Report on sanitation, dispensaries, and jails in Rajputana for 1921, and on vaccination for the year 1921-1922 - 1921-1922
Year: 1921
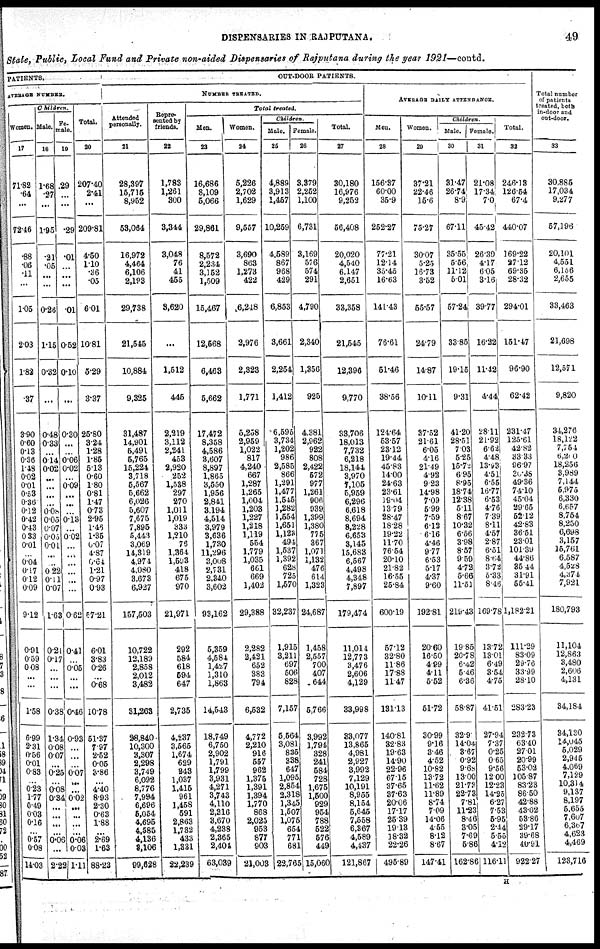
DISPENSARIES IN RAJPUTANA.
49
State, Public, Local Fund and Private non-aided Dispensaries of Rajputana during the year 1921—contd.
PATIENTS.
AVERAGE NUMBER.
Women.
17
71.82
.64
...
72.46
.88
.06
.11
...
1.05
2.03
1.82
.37
3.90
0.60
0.13
0.36
1.48
0.02
0.01
0.53
0.36
0.12
0.42
0.43
0.33
0.01
...
0.04
0.17
0.12
0.09
9.12
0.91
0.59
0.08
...
...
1.58
6.99
2.31
0.56
0.01
0.83
...
0.23
1.77
0.49
0.03
0.16
...
0.57
0.08
14.03
Children.
Male.
18
1.68
.27
...
1.95
.21
.05
...
...
0.26
1.15
0.32
...
0.48
0.33
...
0.14
0.02
...
...
...
...
0.08
0.05
0.07
0.05
0.01
...
...
0.22
0.11
0.07
1.63
0.21
0.17
...
...
...
0.38
1.34
0.08
0.07
...
0.25
...
0.08
0.34
...
...
...
...
0.06
...
2.22
Fe-
male.
19
.29
...
...
.29
.01
...
...
...
.01
0.52
0.10
...
0.30
...
...
0.06
0.02
...
0.09
...
...
...
0.13
...
0.02
...
...
...
...
...
...
0.62
0.41
...
0.05
...
...
0.46
0.98
...
...
...
0.07
...
...
0.02
...
...
...
...
0.06
0.03
1.11
Total.
20
207.40
2.41
...
209.81
4.50
1.10
.36
.05
6.01
10.81
5.29
3.37
25.80
324
1.28
1.85
5.13
0.60
1.80
0.81
1.47
0.73
2.95
1.46
1.35
0.07
4.87
0.64
1.21
0.97
0.93
57.21
6.01
3.83
0.26
...
0.68
10.78
51.37
7.97
2.52
0.05
3.86
...
4.40
8.93
2.30
0.63
1.88
...
2.69
1.63
88.23
OUT-DOOR PATIENTS.
NUMBER TREATED.
Attended
personally.
21
28,397
15,715
8,952
53,064
16,972
4,464
6,106
2,193
29,738
21,545
10,884
9,325
31,487
14,901
5,491
5,765
15,224
3,718
5,567
5,662
6,026
5,607
7,675
7,895
5,443
3,069
14,319
4,971
4,080
3,673
6,927
157,503
10,722
12,189
2,858
2,012
3,482
31,263
28,840
10,300
3,307
2,298
3,749
6,092
8,776
7,994
6,696
5,054
4,695
4,585
4,136
3,106
99,628
Repre-
sented by
friends.
22
1,783
1,261
300
3,344
3,048
76
41
455
8,620
...
1,512
445
2,219
3,112
2,241
453
2,920
252
1,538
297
270
1,011
1,019
333
1,210
76
1,364
1,593
418
675
970
21,971
292
584
618
594
647
2,735
4,237
3,565
1,674
629
243
1,037
1,415
961
1,458
591
2,863
1,782
433
1,331
22,239
Total treated.
Men.
23
16,686
8,109
5,066
29,861
8,572
2,234
3,152
1,509
15,467
12,568
6,463
5,662
17,472
8,358
4,586
3,607
8,897
1,865
3,550
1,956
2,841
3,194
4,514
3,979
3,636
1,730
11,296
3,008
2,731
2,340
3,602
93,162
5,359
4,584
1,427
1,310
1,863
14,543
18,749
6,750
2,902
1,791
1,799
3,931
4,271
3,743
4,110
2,316
3,670
4,238
2,365
2,404
63,039
Women.
24
5,226
2,702
1,629
9,557
3,690
863
1,273
422
6,248
2,976
2,323
1,771
5,258
2,959
1,022
817
4,240
667
1,287
1,265
1,004
1,203
1,227
1,218
1,119
554
1,779
1,035
661
669
1,402
29,388
2,282
2,421
652
383
794
6,532
4,772
2,210
916
557
962
1,375
1,391
1,394
1,770
868
2,025
953
877
903
21,003
Children.
Male.
25
4,889
3,913
1,457
10,259
4,589
867
968
429
6,853
3,661
2,254
1,412
6,595
3,734
1,202
986
2,585
866
1,291
1,477
1,545
1,282
1,554
1,651
1,123
494
1,537
1,392
628
725
1,570
32,237
1,915
3,211
697
506
828
7,157
5,564
3,081
835
338
647
1,095
2,854
2,318
1,345
1,507
1,075
654
771
681
22,765
Female.
26
3,379
2,252
1,100
6,731
3,169
576
574
291
4,790
2,340
1,356
925
4,381
2,962
922
808
2,422
572
977
1,261
906
939
1,399
1,380
775
367
1,071
1,132
476
614
1,323
24,687
1,458
2,557
700
407
644
5,766
3,992
1,794
328
241
584
728
1,675
1,500
929
954
788
522
576
449
15,060
Total.
27
30,180
16,976
9,252
56,408
20,020
4,540
6,147
2,651
33,358
21,545
12,396
9,770
33,706
18,013
7,732
6,218
18,144
3,970
7,105
5,959
6,296
6,618
8,694
8,228
6,653
3,145
15,683
6,567
4,498
4,348
7,897
179,474
11,014
12,773
3,476
2,606
4,129
33,998
33,077
13,865
4,981
2,927
3,992
7,129
10,191
8,955
8,154
5,645
7,558
6,367
4,589
4,437
121,867
AVERAGE DAILY ATTENDANCE.
Men.
28
156.37
60.00
35.9
252.27
77.21
12.14
35.45
16.63
141.43
76.61
51.46
38.56
124.64
53.57
23.12
19.44
45.83
14.00
24.63
23.61
19.04
13.79
28.47
18.28
19.22
11.70
76.54
20.10
21.82
16.55
25.84
600.19
57.12
32.80
11.86
17.88
11.47
131.13
140.81
32.83
19.63
14.90
22.96
67.15
37.65
37.63
20.06
17.17
25.39
19.13
18.32
22.26
495.89
Women.
29
37.21
22.46
15.6
75.27
30.07
5.25
16.73
3.52
55.57
24.79
14.87
10.11
37.52
21.61
6.05
4.16
21.49
4.92
9.23
14.98
7.09
5.99
7.59
6.12
6.16
4.46
9.77
6.53
5.17
4.37
9.60
192.81
20.60
16.50
4.99
4.11
5.52
51.72
30.99
9.16
3.46
4.52
10.82
13.72
11.62
11.89
8.74
7.09
14.06
4.55
8.12
8.67
147.41
Children.
Male.
30
31.47
26.74
8.9
67.11
35.55
5.56
11.12
5.01
57.24
33.85
19.15
9.31
41.20
28.51
7.03
5.25
15.72
6.95
8.95
18.74
12.38
5.11
8.67
10.32
6.56
3.98
8.57
9.59
4.72
5.66
11.53
219.43
19.85
20.78
6.42
5.46
6.36
58.87
32.90
14.04
3.67
0.92
9.68
13.00
21.73
22.73
7.81
11.23
8.46
3.05
7.69
5.86
162.86
Female.
31
21.08
17.34
7.0
45.42
26.39
4.17
6.05
3.16
39.77
16.22
11.42
4.44
28.11
21.92
6.62
4.48
13.93
4.51
6.55
16.77
6.53
4.76
7.39
8.11
4.57
2.87
6.51
8.64
3.72
5.33
8.46
169.78
13.72
13.01
6.49
3.54
4.75
41.51
27.94
7.37
0.25
0.65
9.56
12.00
12.23
14.25
6.27
7.53
5.95
2.44
5.55
4.12
116.11
Total.
32
246.13
126.54
67.4
440.07
369.22
27.12
69.35
28.32
294.01
151.47
96.90
62.42
231.47
125.61
42.82
33.33
96.97
30.38
49.36
74.10
45.04
29.65
52.12
42.83
36.51
23.01
101.39
44.86
35.44
31.91
55.41
1,182.21
111.29
83.09
29.76
33.99
28.10
283.23
232.73
63.40
27.01
20.99
53.02
105.87
83.23
86.50
42.88
43.02
53.86
29.17
39.68
40.91
922.27
Total number
of patients
treated, both
in-door and
out-door.
33
30,885
17,034
9,277
57,196
20,101
4,551
6,156
2,655
33,463
21,698
12,571
9,820
34,276
18,122
7,754
6,210
18,256
3,989
7,144
5,975
6,330
6,657
8,754
8,250
6,698
3,157
15,761
6,587
4,528
4,374
7,921
180,793
11,104
12,863
3,480
2,606
4,131
34,384
34,130
14,045
5,029
2,945
4,069
7,129
10,314
9,137
8,197
5,655
7,607
6,367
4,623
4,469
123,716
H